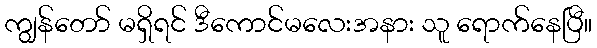
ကျွန်တော် မရှိရင် ဒီကောင်မလေးအနား သူ ရောက်နေပြီ။